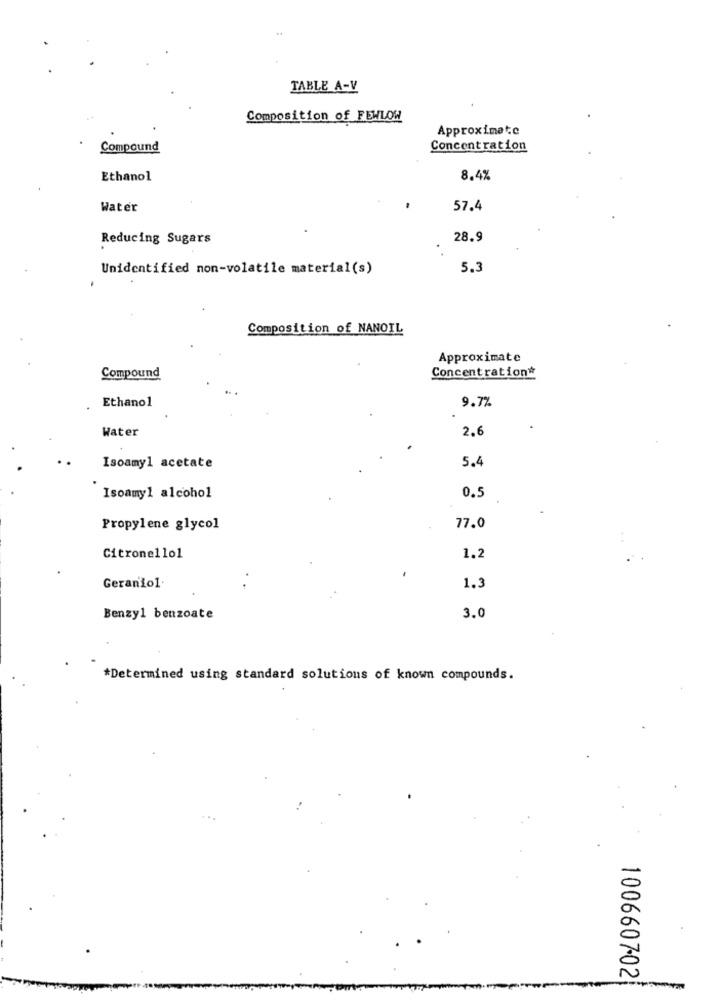
TABLE A-V
Composition of FEWLOW
Approximate
Compound
Concentration
Ethanol
8.4%
Water
57.4
Reducing Sugars
28.9
Unidentified non-volatile material(s)
5.3
Composition of NANOIL
Approximate
Concentration*
Compound
9.7%
Ethanol
Water
2.6
5.4
Isoamyl acetate
Isoamyl alcohol
0.5
Propylene glycol
77.0
Citronello1
1.2
Geranio1.
1.3
Benzyl benzoate
3.0
*Determined using standard solutions of known compounds.
1006607-02